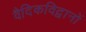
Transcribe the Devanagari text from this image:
वैदिकविद्वानों